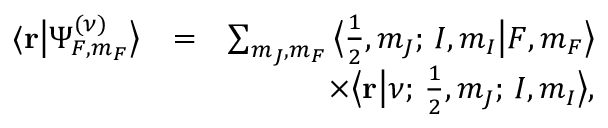
\begin{array} { r l r } { \langle { \bf r } \big | \Psi _ { F , m _ { F } } ^ { ( \nu ) } \big \rangle } & { = } & { \sum _ { m _ { J } , m _ { F } } \big \langle \frac { 1 } { 2 } , m _ { J } ; \, I , m _ { I } \big | F , m _ { F } \big \rangle } \\ & { } & { \times \big \langle { \bf r } \big | \nu ; \, \frac { 1 } { 2 } , m _ { J } ; \, I , m _ { I } \big \rangle , } \end{array}